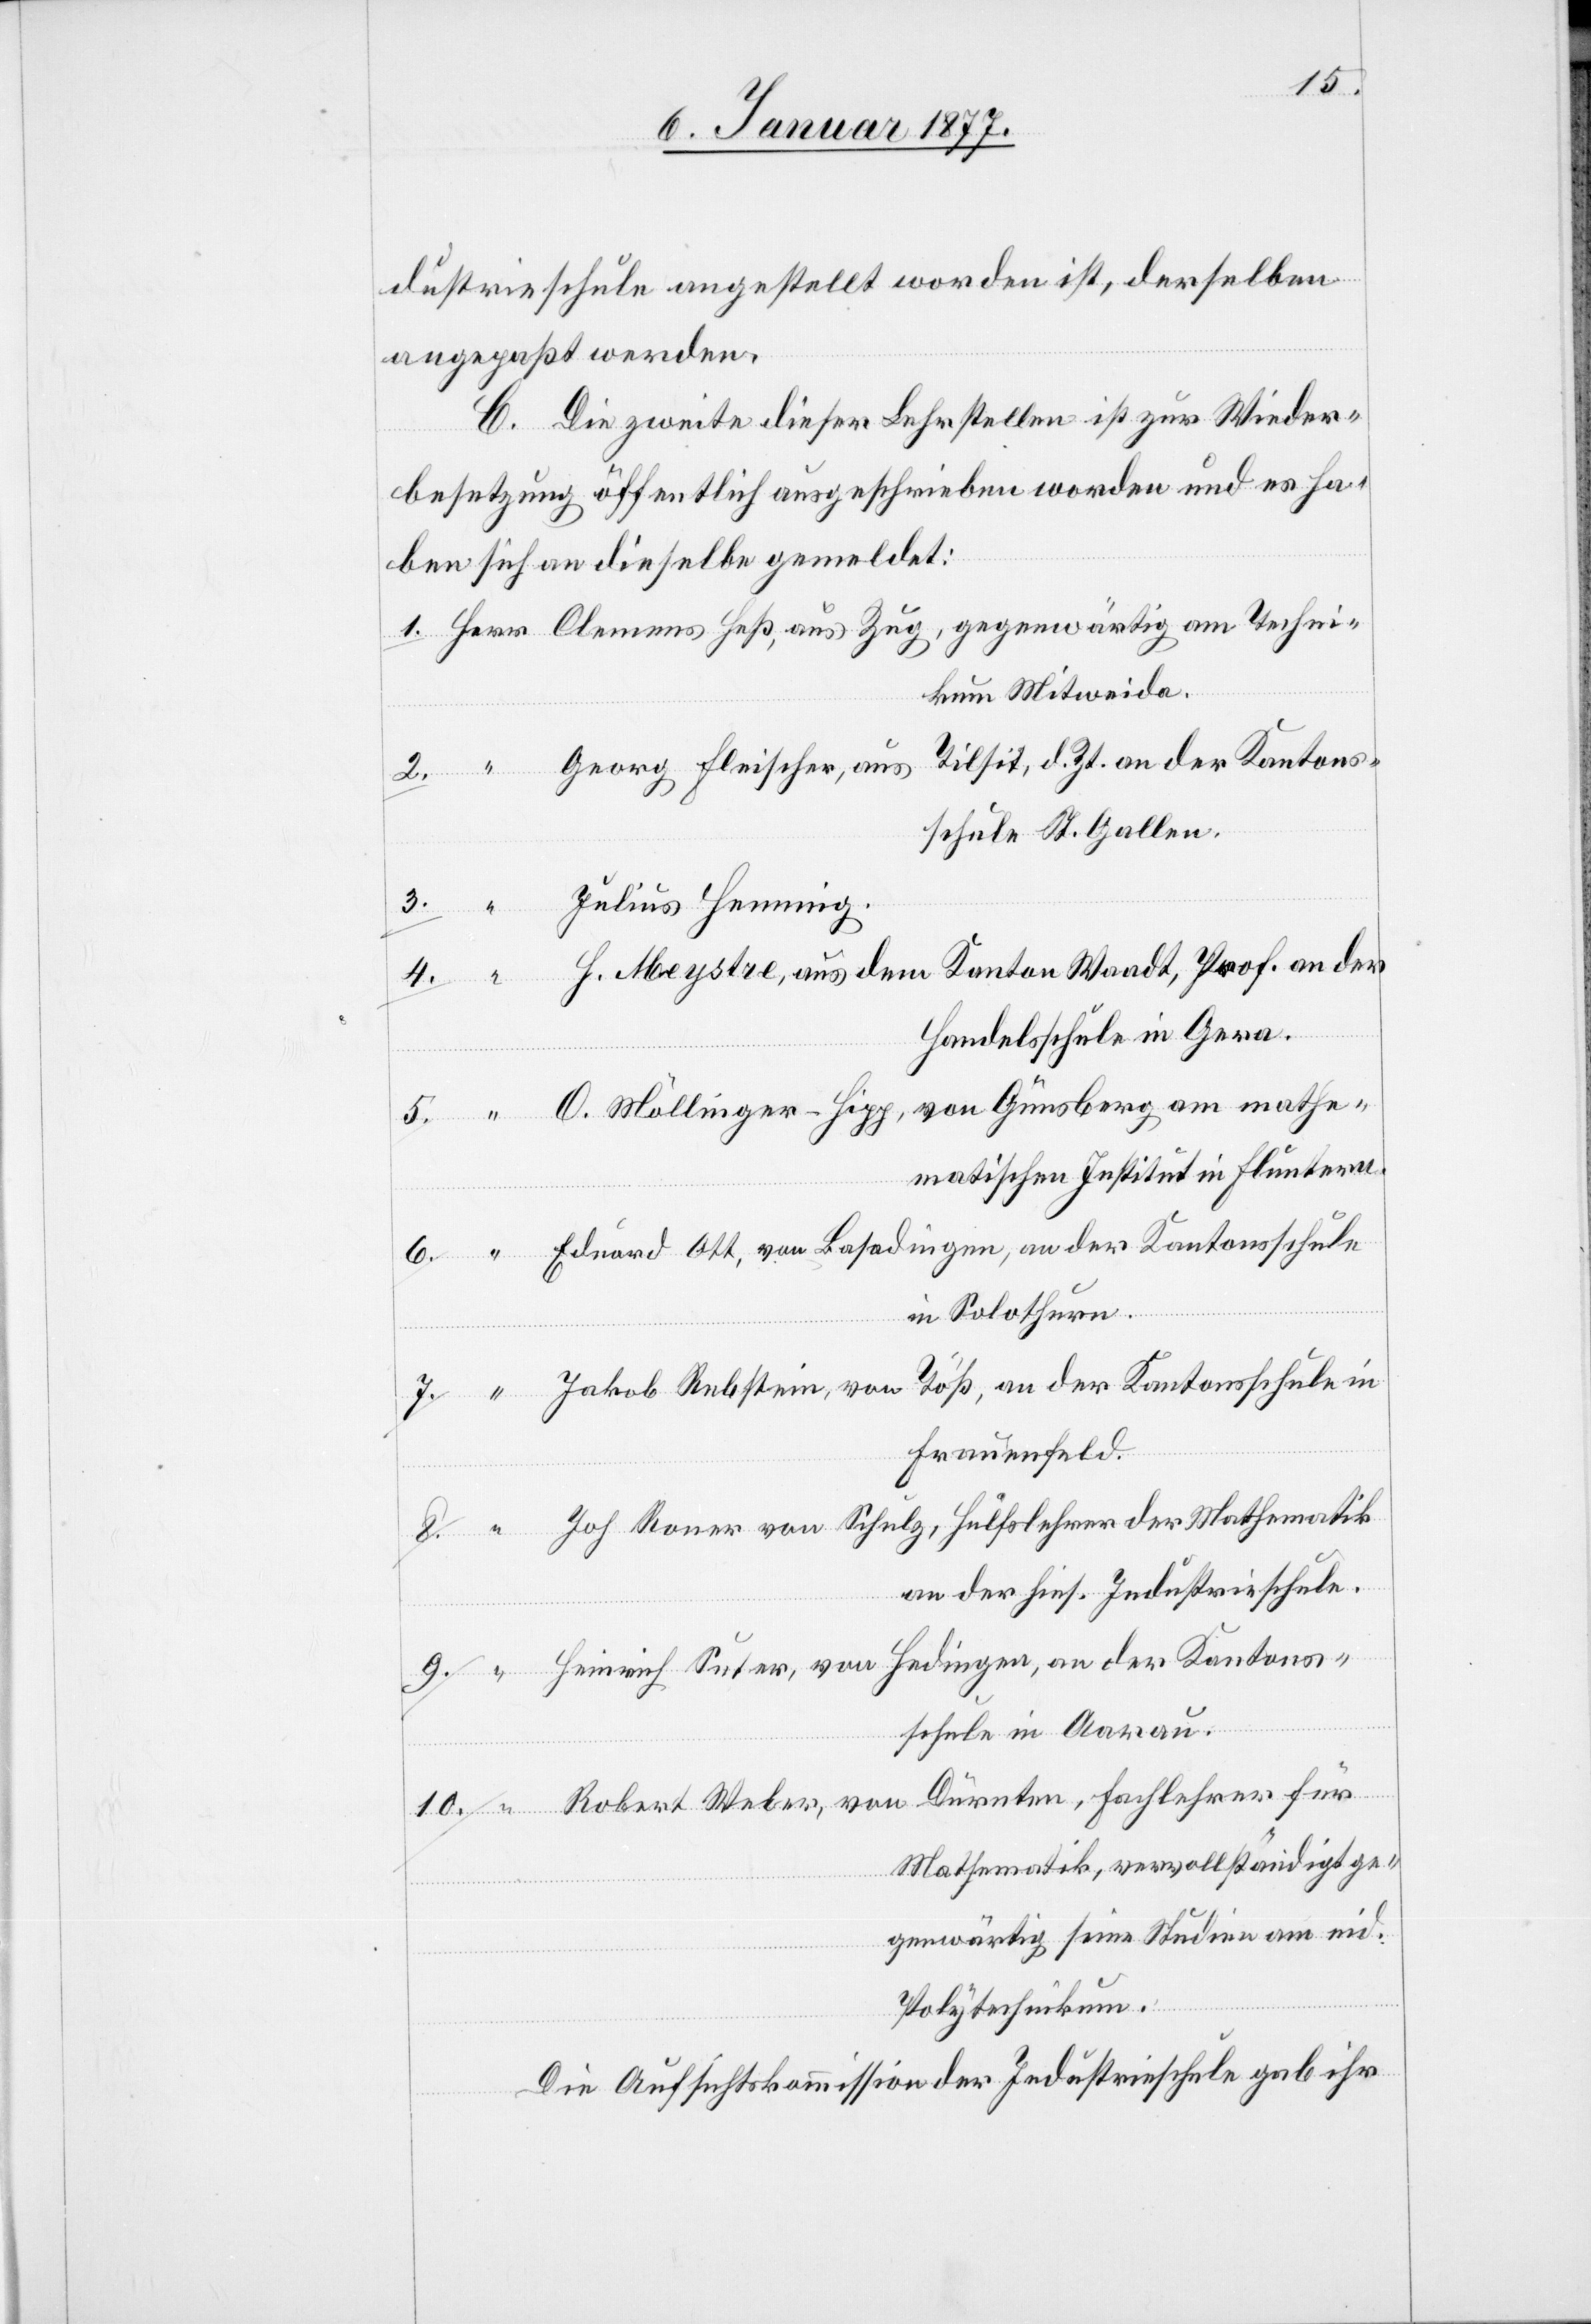
10.
dustrieschule angestellt worden ist, derselben
angepaßt werden.
C. Die zweite dieser Lehrstellen ist zur Wieder¬
besetzung öffentlich ausgeschrieben worden und es ha¬
ben sich an dieselbe gemeldet:
ikum Mitweida.
Tilsit, d. Zt. an der Kantons¬
Georg Fleischer, aus
schule St. Gallen.
H. Meystre, aus dem Kanton Waadt, Prof. an der
Handelsschule in Gera.
O. Möllinger-Sigg, von Günsberg am mathe¬
matischen Institut in Fluntern.
Eduard Ott, von Basadingen, an der Kantonsschule
in Solothurn.
Jakob Rebstein, von Töß, an der Kantonsschule in
Frauenfeld.
Joh Ronner von Schulz, Hülfslehrer der Mathematik
an der hies. Industrieschule.
Hedingen, an der Kantons¬
Heinrich Suter, von
Techn¬
schule in Aarau.
Robert Weber, von Dürnten, Fachlehrer für
Mathematik, vervollständigt ge¬
genwärtig seine Studien am eid.
Polytechnikum.
Die Aufsichtskommission der Industrieschule gab ihr